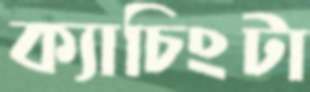
ক্যাচিংটা